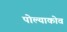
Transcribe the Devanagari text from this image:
पोल्याकोव